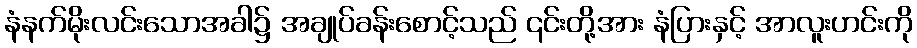
နံနက်မိုးလင်းသောအခါ၌ အချုပ်ခန်းစောင့်သည် ၎င်းတို့အား နံပြားနှင့် အာလူးဟင်းကို